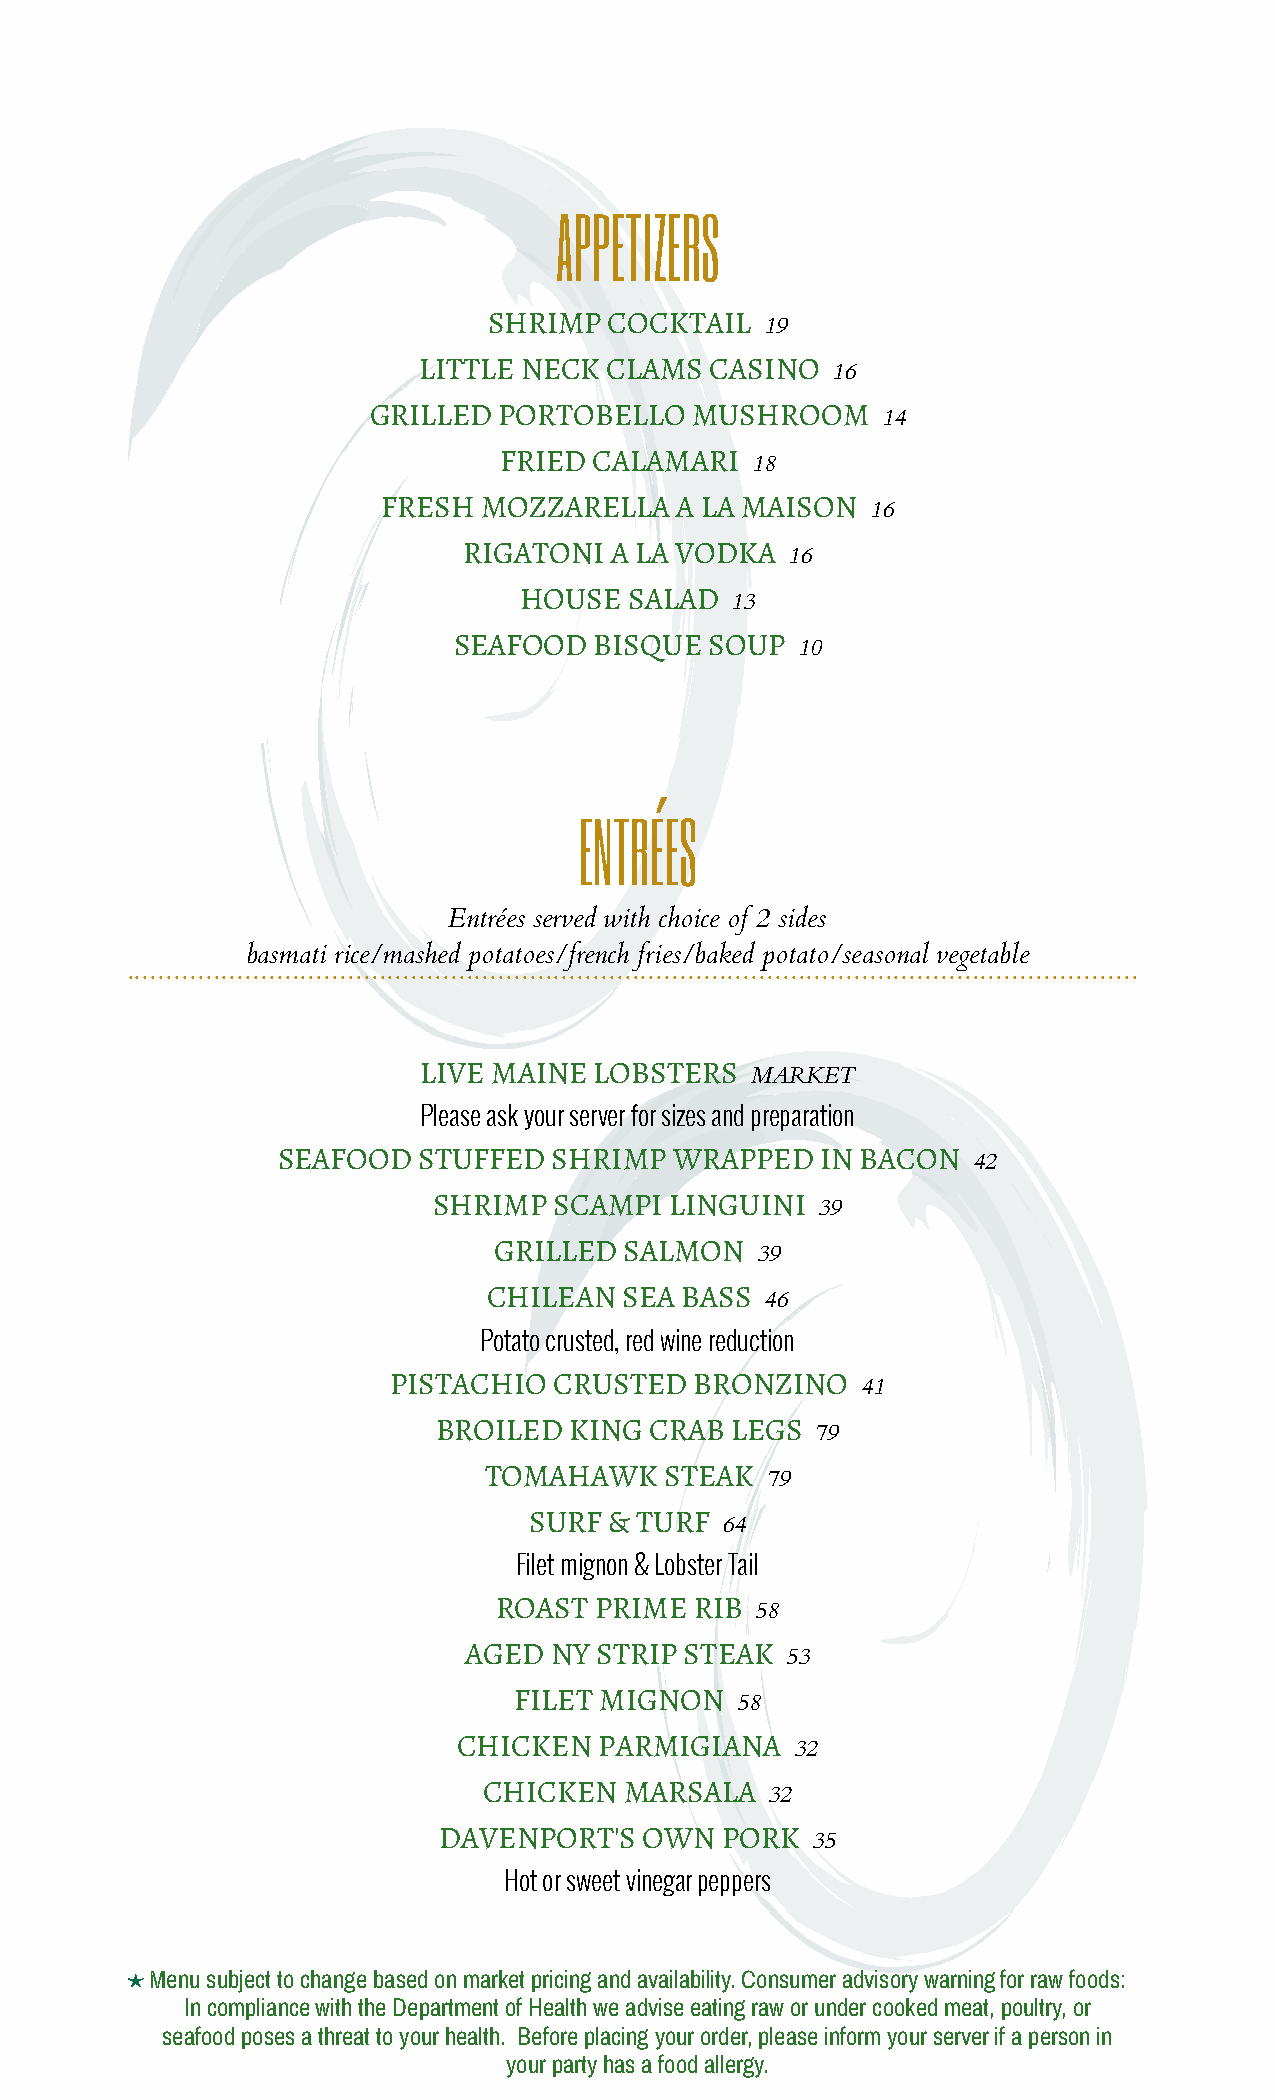
APPETIZERS
 SHRIMP  COCKTAIL   19
 LITTLE NECK CLAMS  CASINO  16
 GRILLED  PORTOBELLO   MUSHROOM    14
 FRIED CALAMARI   18
 FRESH  MOZZARELLA   A LA MAISON  16
 RIGATONI A LA VODKA  16
 HOUSE   SALAD 13
 SEAFOOD  BISQUE  SOUP  10
 ENTRÉES
 Entrées served with choice of 2 sides
 ààààààààààààààààb àa ààs àm ààa ààt ài
 à
 àr ài àc àe à/ ààm àààa às àh ààe àd
 àà
 àp ào ààt àa ààt ào àe às àà/ àf àr àe ààn àc ààh
 à
 àf àr ài àe às àà/ àb ààa àk ààe àd
 àà
 àp àào àt àa ààt ào à/ ààs àe àa ààs ào ààn àa ààl
 à
 àv àe ààg àe àt àa ààb àl àe
 ààààààààààààààà
 LIVE MAINE LOBSTERS   MARKET
 Please ask your server for sizes and preparation
 SEAFOOD   STUFFED  SHRIMP  WRAPPED  IN BACON  42
 SHRIMP  SCAMPI LINGUINI  39
 GRILLED SALMON   39
 CHILEAN  SEA BASS  46
 Potato crusted, red wine reduction
 PISTACHIO  CRUSTED  BRONZINO   41
 BROILED  KING CRAB LEGS  79
 TOMAHAWK    STEAK  79
 SURF & TURF  64
 Filet mignon & Lobster Tail
 ROAST PRIME  RIB 58
 AGED NY STRIP STEAK  53
 FILET MIGNON   58
 CHICKEN   PARMIGIANA   32
 CHICKEN  MARSALA   32
 DAVENPORT'S   OWN  PORK  35
 Hot or sweet vinegar peppers
 §Menu subject to change based on market pricing and availability. Consumer advisory warning for raw foods:
 In compliance with the Department of Health we advise eating raw or under cooked meat, poultry, or
 seafood poses a threat to your health. Before placing your order, please inform your server if a person in
 your party has a food allergy.